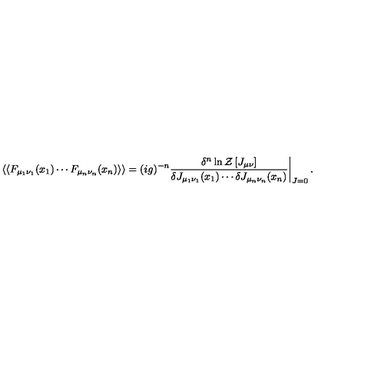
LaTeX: \left. \left< \left< F _ { \mu _ { 1 } \nu _ { 1 } } ( x _ { 1 } ) \cdots F _ { \mu _ { n } \nu _ { n } } ( x _ { n } ) \right> \right> = ( i g ) ^ { - n } \frac { \delta ^ { n } \ln { \cal Z } \left[ J _ { \mu \nu } \right] } { \delta J _ { \mu _ { 1 } \nu _ { 1 } } ( x _ { 1 } ) \cdots \delta J _ { \mu _ { n } \nu _ { n } } ( x _ { n } ) } \right| _ { J = 0 } .